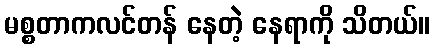
မစ္စတာကလင်တန် နေတဲ့ နေရာကို သိတယ်။